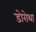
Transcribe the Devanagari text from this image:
डोरोथा